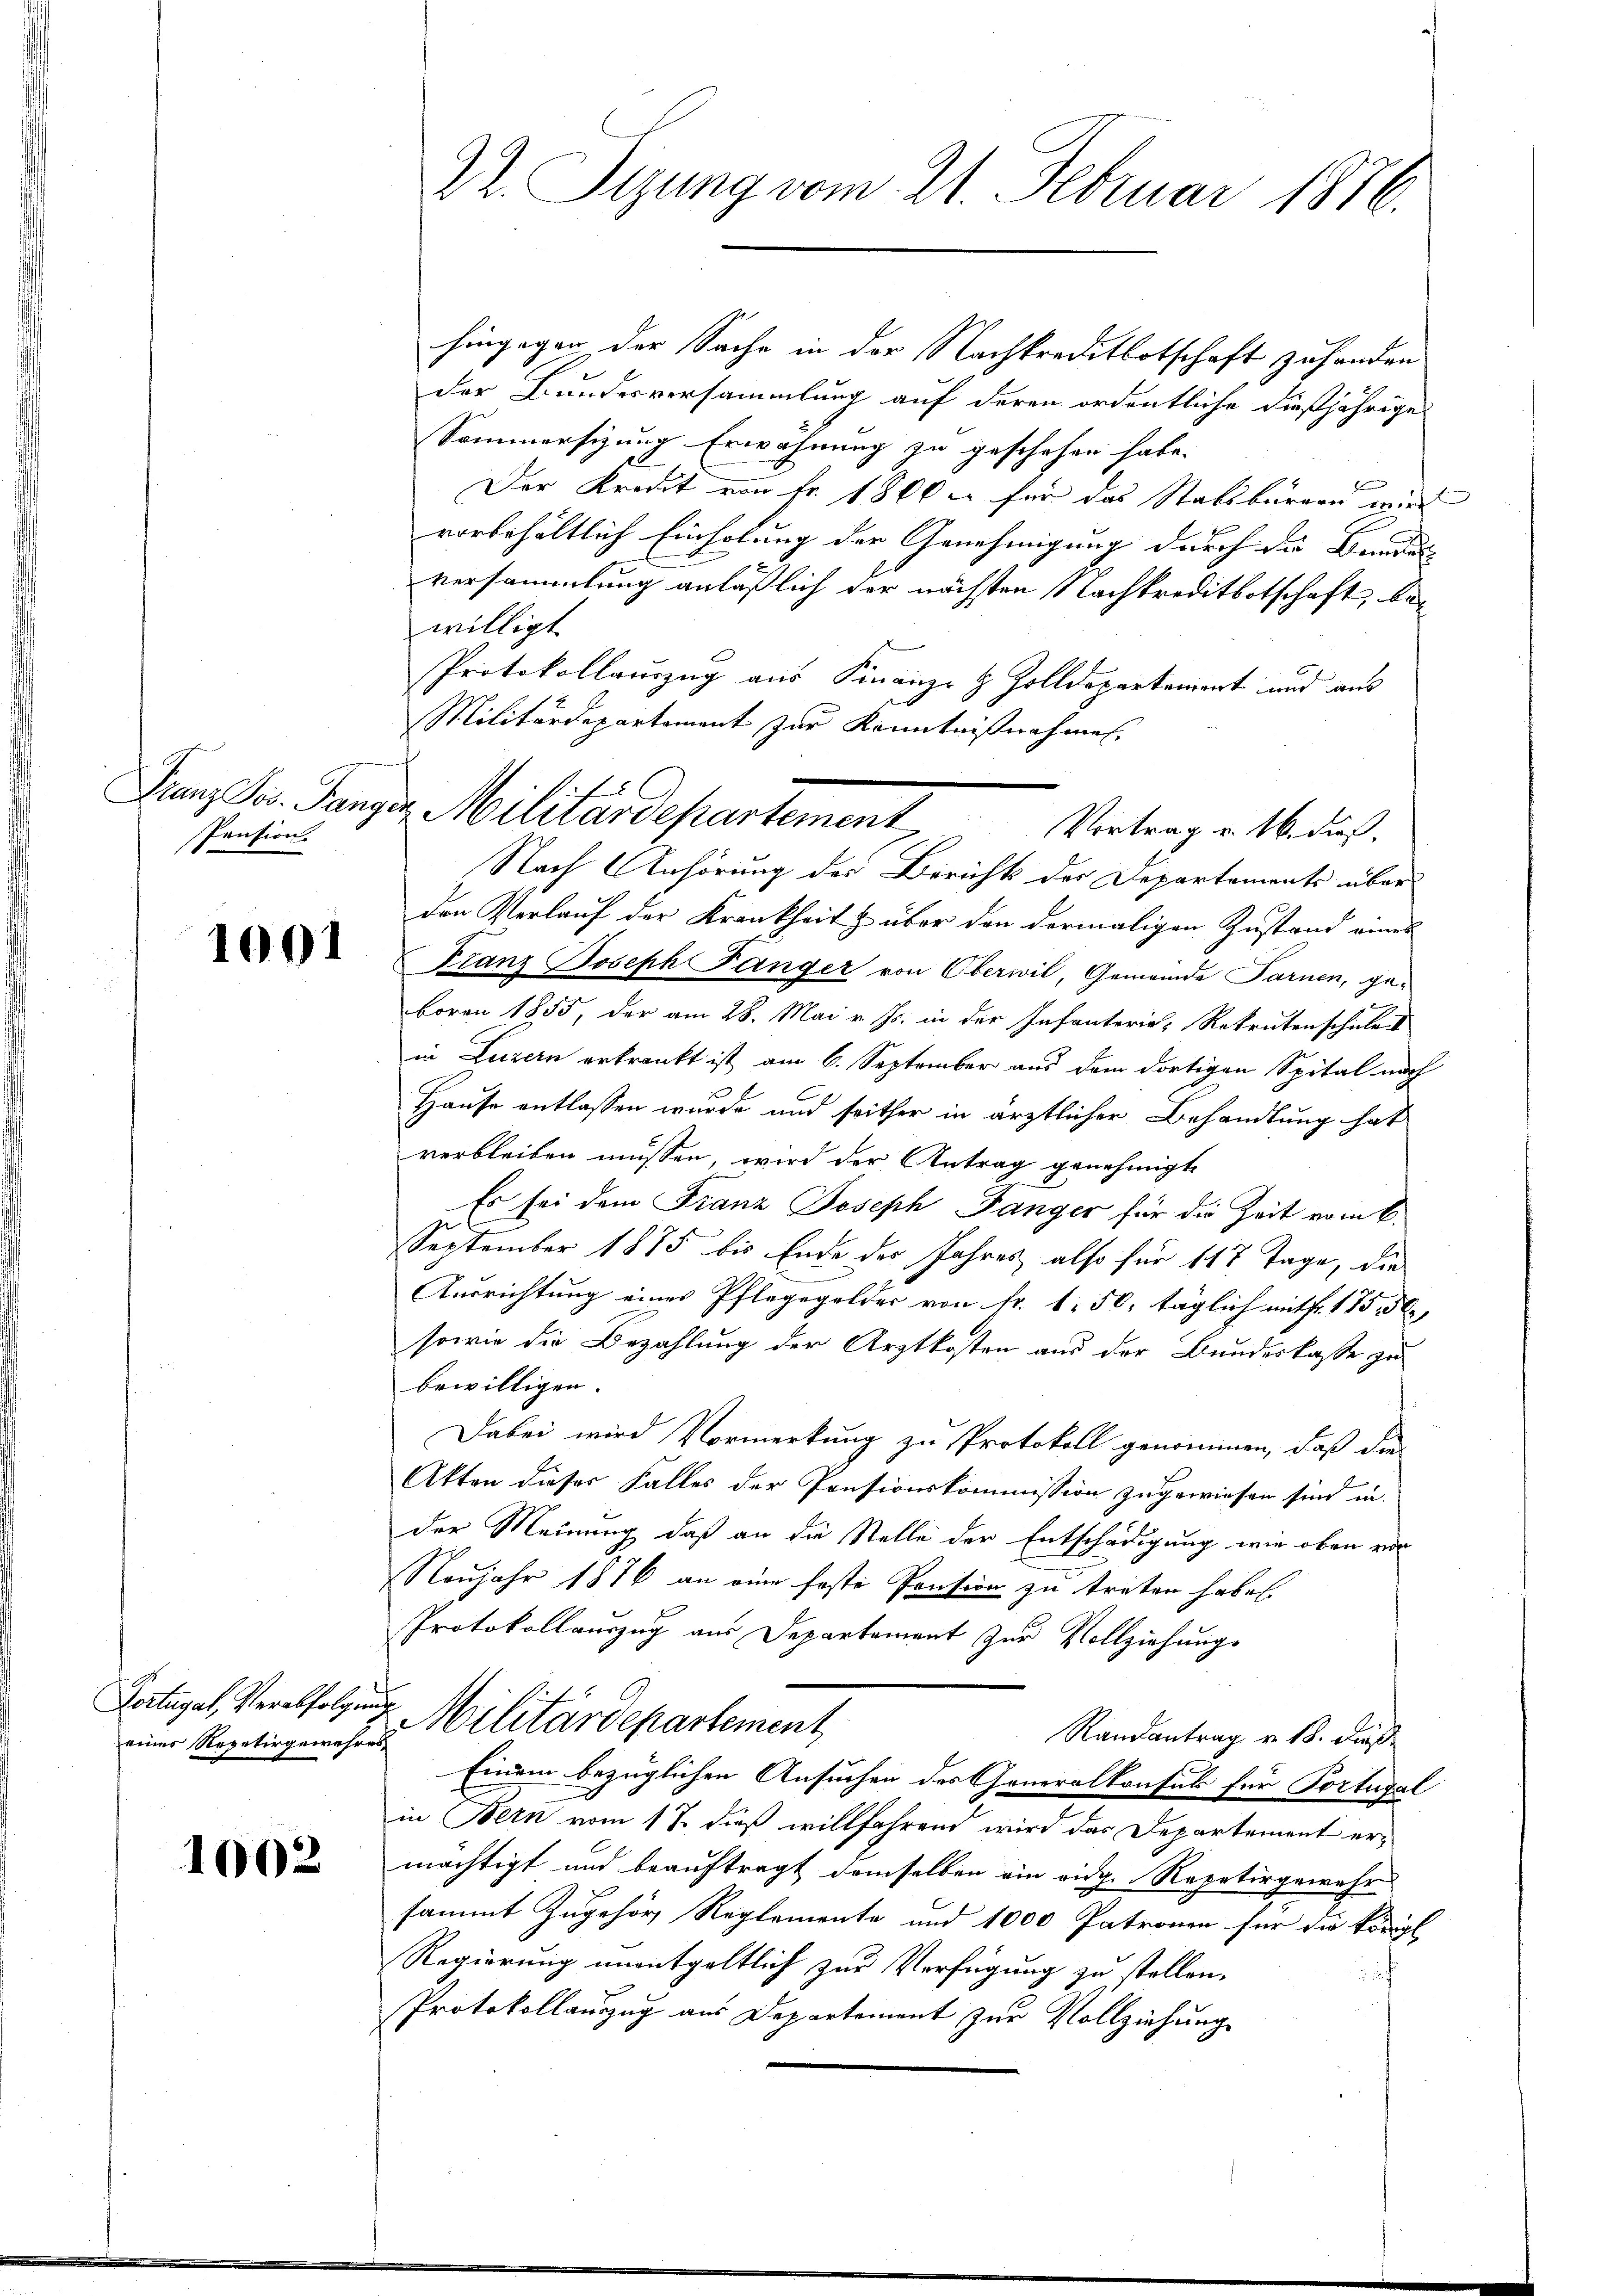
Hauptr. Berg
Pension.

1001

Fortugal, Verabfolgen
eines Repetirgewehre

1002

DR. Tigung vom 21. Februar 1876.

hingegen der Sache in der Nachkreditbotschaft zu handen
der Bundesversammlung auf deren ordentliche dießjährige
Sammersizung Erwähnung zu geschehen habe.
Der Kredit von Fr. 1800 er für das Stabsburgen wird
vorbehältlich Einholung der Genehmigung durch der Bandes
versammlung anläßlich der nächsten Nachkreditbotschaft, bewilligt
Protokollauszug aus Finanze & Zolldepartament und aus
Militärdepartement zur Kenntnißnahmen
Nach Anhörung der Berichts der Departements über
den Verlauf der Krankheit & über den dermaligen Zustand eines
Franz Joseph Fänger von Oberwil, Gemeinde Farnen, geboren 1855, der am 28. Mai v. Js. in der Infanterie, Rekrutenschule
in Luzern erkrankt ist am 6. September aus dem dortigen Spital nach
1
Hause entlassen wurde und seither in ärztlicher Behandlung hat
verbleiben müssen, wird der Antrag genehmigte
Es sei dem Franz Joseph Fanger für die Zeit vom 6.
September 1875 bis Ende der Jahres also für 117 Tage, die
Ausrichtung eines Pfleggelder von Fr. 1. 50, täglich mit fr. 175, 56
sowie die Bezahlung der Arztkosten aus der Bundeskasse zu
bewilligen.
Dabei wird Vormerkung zu Protokoll genommen, daß die
Akten dieser Falles der Pensionskommission zugewiesen sind in
der Meinung, daß an die Stelle der Entschädigung wie oben vor
Neujahr 1876 an eine faste Pension zu traten habe.
Protokollauszug aus Departement zur Vollziehungs
Militärdepartement
Randantrag v. 18. Fuß
Einem bezüglichen Ansuchen des Generalkonsik für Portugal
in Bern vom 17. dieß willfahrend wird das Departement ermächtigt und beauftragt demselben ein aug. Repetirgewehr
sammt Zugehör Reglemente und 1000 Patronen für die Königl
Regierung unentgeltlich zur Verfügung zu stellen.
Protokollauszug aus Departement zur Vollziehung

ver Militärdepartement Vortrag v. M. dieß.